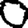
Digit: 0